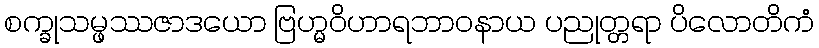
စက္ခုသမ္ဖဿဇာဒယော ဗြဟ္မဝိဟာရဘာဝနာယ ပညုတ္တရာ ပိလောတိကံ